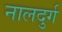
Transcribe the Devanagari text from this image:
नालदुर्ग